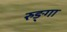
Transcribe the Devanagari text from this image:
रुङ्गा